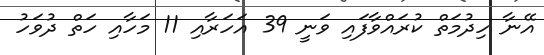
އޭނާ ހިދުމަތް ކުރައްވާފައި ވަނީ 39 އަހަރާއި 11 މަހާއި ހަތް ދުވަހު